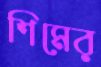
শিমের